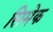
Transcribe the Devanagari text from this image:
सिमेक